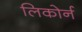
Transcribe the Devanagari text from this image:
लिकोर्न